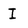
Character: i